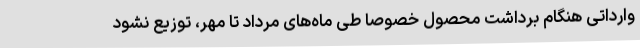
وارداتی هنگام برداشت محصول خصوصا طی ماه‌های مرداد تا مهر، توزیع نشود